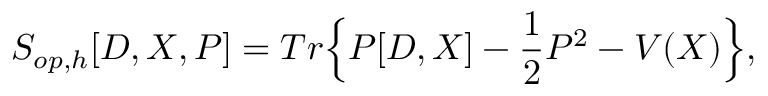
S _ { o p , h } [ D , X , P ] = T r \Big \{ P [ D , X ] - \frac { 1 } { 2 } P ^ { 2 } - V ( X ) \Big \} ,